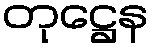
တုဋ္ဌေန